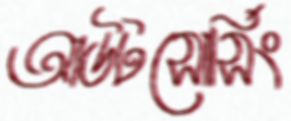
আউটসোর্সিং